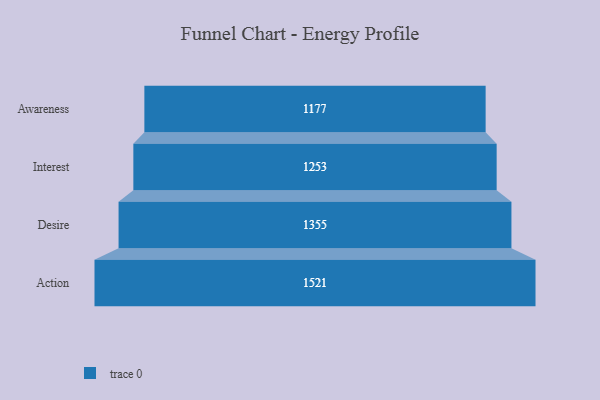
{"axis": {"x": "Stage", "y": "Value"}, "legend": [""], "data": [{"x": "Awareness", "y": 1177.0, "type": ""}, {"x": "Interest", "y": 1253.0, "type": ""}, {"x": "Desire", "y": 1355.0, "type": ""}, {"x": "Action", "y": 1521.0, "type": ""}]}